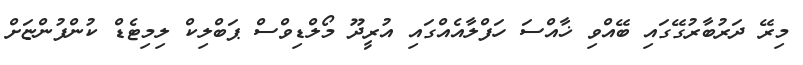
މިރޭ ދަރުބާރުގޭގައި ބޭއްވި ޚާއްސަ ހަފްލާއެއްގައި އުރީދޫ މޯލްޑިވްސް ޕަބްލިކް ލިމިޓެޑް ކުންފުންޏަށް